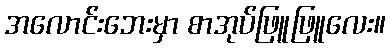
အလောင်းဘေးမှာ စာအုပ်ဖြူဖြူလေး။